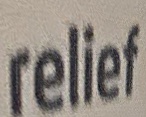
relief